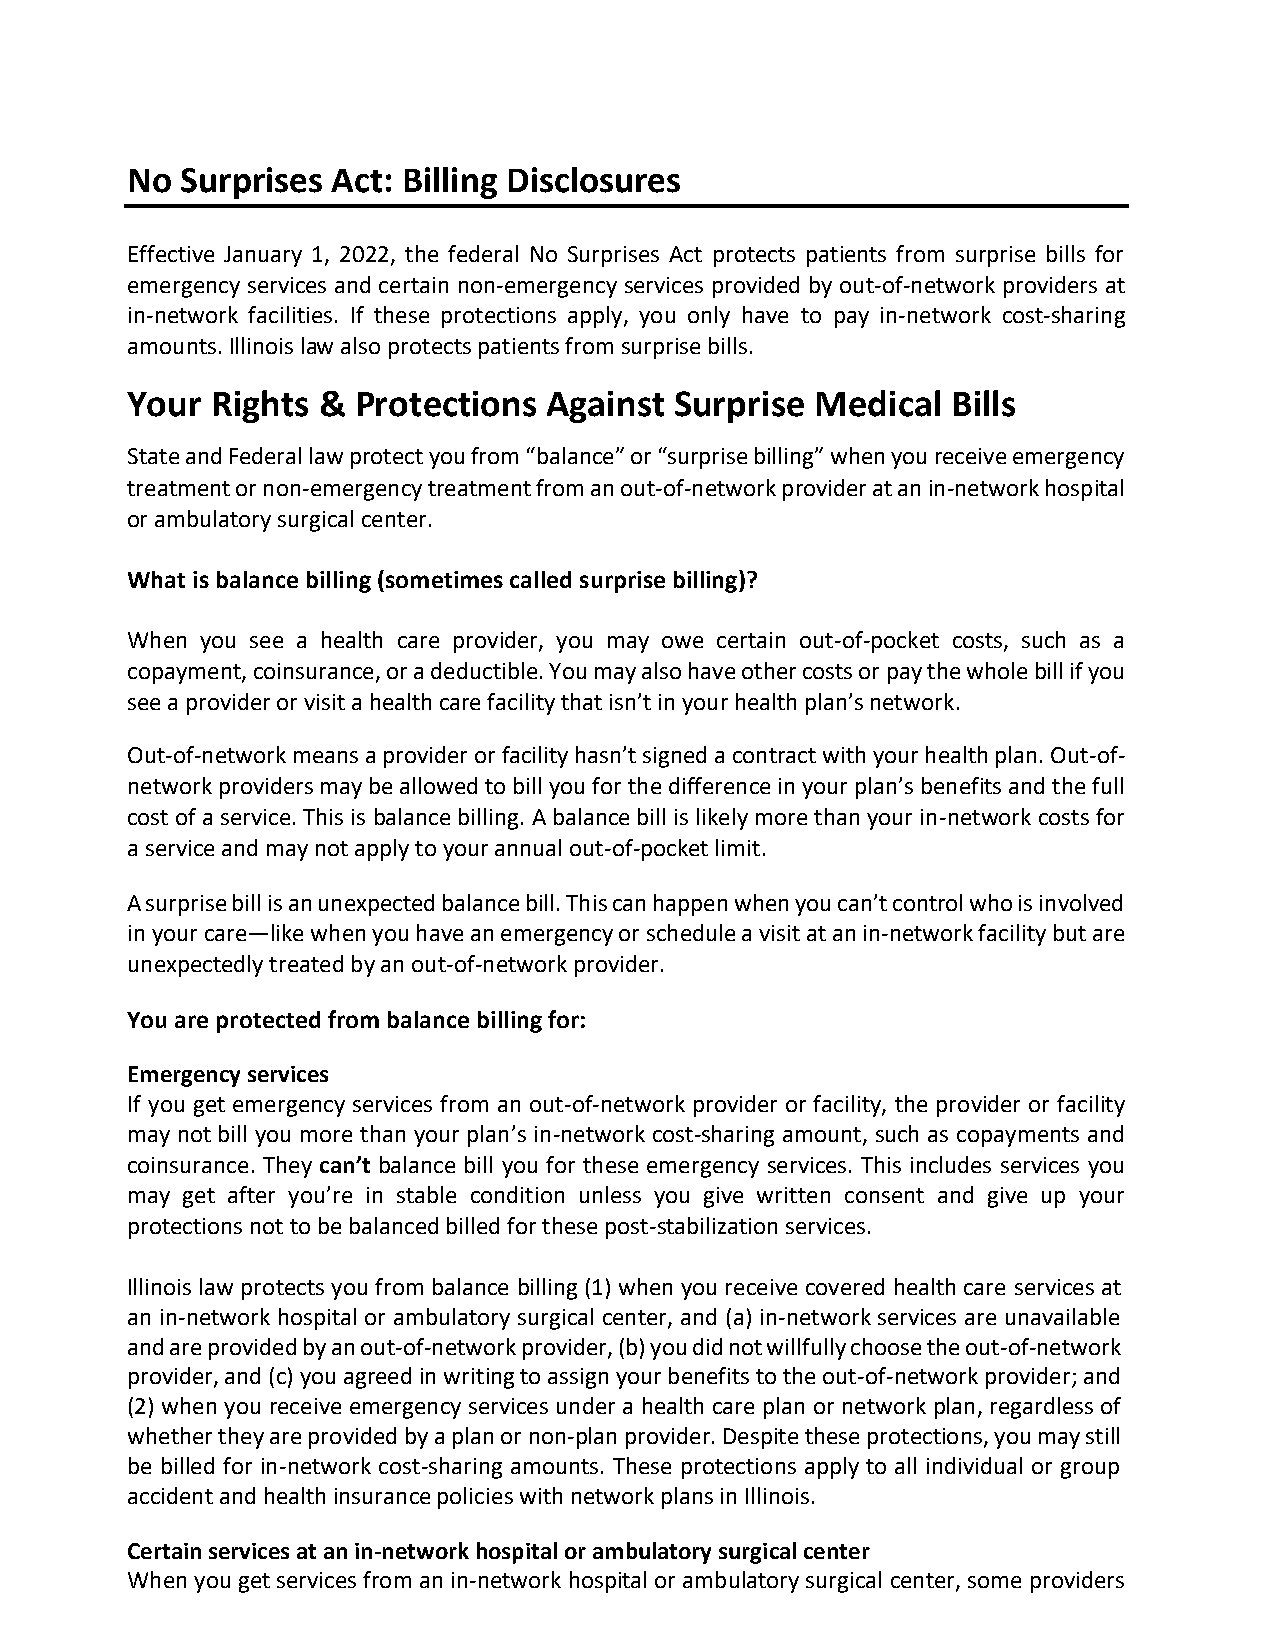
No  Surprises Act: Billing Disclosures
 Effective January 1, 2022, the federal No Surprises Act protects patients from surprise bills for
 emergency services and certain non-emergency services provided by out-of-network providers at
 in-network facilities. If these protections apply, you only have to pay in-network cost-sharing
 amounts. Illinois law also protects patients from surprise bills.
 Your  Rights & Protections  Against  Surprise Medical  Bills
 State and Federal law protect you from “balance” or “surprise billing” when you receive emergency
 treatment or non-emergency treatment from an out-of-network provider at an in-network hospital
 or ambulatory surgical center.
 What is balance billing (sometimes called surprise billing)?
 When you see a health care provider, you may owe certain out-of-pocket costs, such as a
 copayment, coinsurance, or a deductible. You may also have other costs or pay the whole bill if you
 see a provider or visit a health care facility that isn’t in your health plan’s network.
 Out-of-network means a provider or facility hasn’t signed a contract with your health plan. Out-of-
 network providers may be allowed to bill you for the difference in your plan’s benefits and the full
 cost of a service. This is balance billing. A balance bill is likely more than your in-network costs for
 a service and may not apply to your annual out-of-pocket limit.
 A surprise bill is an unexpected balance bill. This can happen when you can’t control who is involved
 in your care—like when you have an emergency or schedule a visit at an in-network facility but are
 unexpectedly treated by an out-of-network provider.
 You are protected from balance billing for:
 Emergency services
 If you get emergency services from an out-of-network provider or facility, the provider or facility
 may not bill you more than your plan’s in-network cost-sharing amount, such as copayments and
 coinsurance. They can’t balance bill you for these emergency services. This includes services you
 may get after you’re in stable condition unless you give written consent and give up your
 protections not to be balanced billed for these post-stabilization services.
 Illinois law protects you from balance billing (1) when you receive covered health care services at
 an in-network hospital or ambulatory surgical center, and (a) in-network services are unavailable
 and are provided by an out-of-network provider, (b) you did not willfully choose the out-of-network
 provider, and (c) you agreed in writing to assign your benefits to the out-of-network provider; and
 (2) when you receive emergency services under a health care plan or network plan, regardless of
 whether they are provided by a plan or non-plan provider. Despite these protections, you may still
 be billed for in-network cost-sharing amounts. These protections apply to all individual or group
 accident and health insurance policies with network plans in Illinois.
 Certain services at an in-network hospital or ambulatory surgical center
 When you get services from an in-network hospital or ambulatory surgical center, some providers